Vital statistics of India. Vol. IV, Annual returns from 1871 to 1876. British Army of India, Native Army and jails of Bengal
Year: 1871
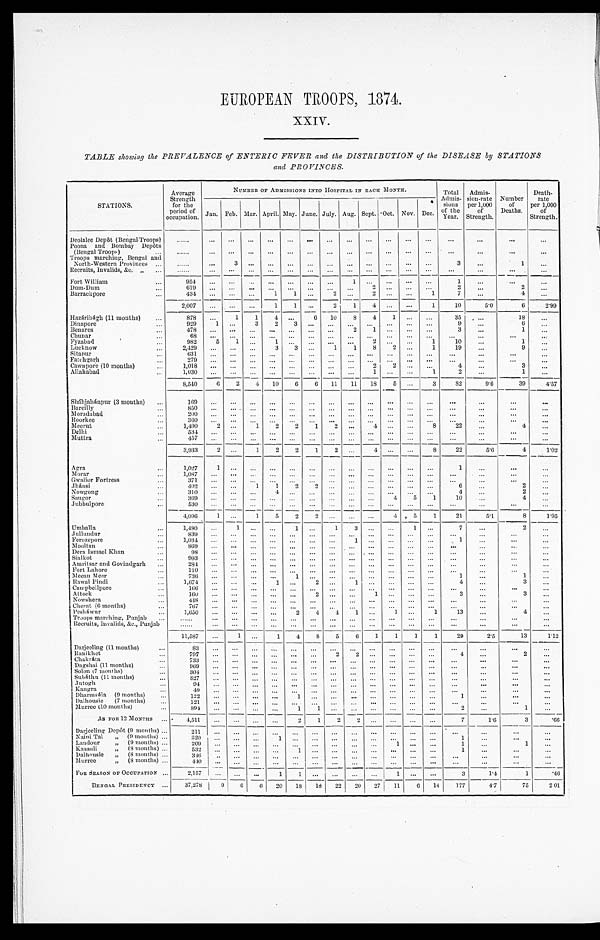
EUROPEAN TROOPS, 1874.
XXIV.
TABLE showing the PREVALENCE of ENTERIC FEVER and the DISTRIBUTION of the DISEASE by STATIONS
and PROVINCES.
STATIONS.
Average
Strength
for the
period of
occupation.
NUMBER OF ADMISSIONS INTO HOSPITAL IN EACH MONTH.
Total
Admis-
sions
of the
Year.
Admis-
sion-rate
per 1,000
of
Strength.
Number
of
Deaths.
Death-
rate
per 1,000
of
Strength.
Jan. Feb. Mar. April. May. June. July. Aug. Sept. Oct. Nov. Dec.
Deolalee Depôt (Bengal Troops)
. . .
. . .
. . .
. . .
. . .
. . .
. . .
. . .
. . .
. . .
. . .
. . .
. . .
. . .
. . .
. . .
. . .
Poona and Bombay Depôts
(Bengal Troop) . . .
. . .
. . .
. . .
. . .
. . .
. . .
. . .
. . .
. . .
. . .
. . .
. . .
. . .
. . .
. . .
. . .
. . .
Troops marching, Bengal and
North-Western Provinces . . .
. . .
. . .
3
. . .
. . .
. . .
. . .
. . .
. . .
. . .
. . .
. . .
. . .
3
. . .
1
. . .
Recruits, Invalids, &c. " . . .
. . .
. . . . . .
. . .
. . .
. . .
. . .
. . .
. . .
. . .
. . .
. . .
. . .
. . .
. . .
. . .
. . .
Fort William . . .
954
. . .
. . .
. . .
. . .
. . .
. . .
. . .
1
. . .
. . .
. . .
. . .
1
. . .
. . .
. . .
Dum-Dum . . .
619
. . .
. . .
. . .
. . . . . .
. . .
. . .
. . .
2
. . .
. . .
. . .
2
. . .
2
. . .
Barrackpore . . .
434
. . .
. . .
. . .
1
1
. . .
2
. . . 2
. . .
. . .
1
7
. . .
4
. . .
2,007
. . .
. . .
. . .
1
1
. . .
2 1
4
. . .
. . .
1
10
5.0
6
2.99
Hazáribágh (11 months) . . .
878
. . . 1
1
4
. . .
6
10
8
4
1
. . .
. . .
35
. . .
18
. . .
Dinapore . . .
929
1
. . . 3
2
3
. . .
. . .
. . .
. . .
. . .
. . .
. . .
9
. . .
6
. . .
Benares . . .
478
. . .
. . .
. . .
. . .
. . .
. . .
. . . 2
1
. . .
. . .
. . .
3
. . .
1
. . .
Chunar . . .
6 8
. . .
. . .
. . .
. . .
. . .
. . .
. . .
. . .
. . .
. . .
. . .
. . .
. . .
. . .
. . .
. . .
Fyzabad . . .
982
5
1
. . .
1
. . .
. . .
. . .
. . .
2
. . .
. . .
1
10
. . .
1
. . .
Lucknow . . .
2,429
. . .
. . . . . .
3
3
. . .
1
1
8
2
. . .
1
19
. . .
9
. . .
Sitapur . . .
6 3 1
. . .
. . .
. . .
. . .
. . . . . .
. . . . . .
. . .
. . .
. . .
. . .
. . .
. . .
. . .
. . .
Fatehgarh . . .
2 7 9
. . .
. . .
. . .
. . .
. . . . . .
. . .
. . .
. . . . . .
. . .
. . .
. . .
. . .
. . .
. . .
Cawnpore (10 months) . . .
1 , 0 1 8
. . .
. . .
. . .
. . .
. . . . . .
. . .
. . .
2
2
. . .
. . .
4
. . .
3
. . .
Allahabad . . .
1 , 0 3 0
. . .
. . .
. . .
. . .
. . . . . .
. . .
. . .
1
. . .
. . .
1
2
. . .
1
. . .
8,540
6
2
4
10
6
6
11
11
18
5
. . .
3
82
9.6
39
4.57
Sháhjahánpur (3 months) . . .
169
. . .
. . .
. . .
. . .
. . .
. . .
. . . . . .
. . .
. . .
. . .
. . .
. . .
. . .
. . .
. . .
Bareilly . . .
8 5 0
. . .
. . .
. . .
. . .
. . .
. . .
. . .
. . .
. . .
. . .
. . .
. . .
. . .
. . .
. . .
. . .
Moradabad . . .
200
. . .
. . .
. . .
. . .
. . .
. . .
. . .
. . .
. . .
. . .
. . .
. . .
. . .
. . .
. . .
. . .
Roorkee . . .
3 6 0
. . .
. . .
. . .
. . .
. . . . . .
. . .
. . .
. . .
. . .
. . .
. . .
. . .
. . .
. . .
. . .
Meerut . . .
1,490
2
. . .
1
2
2 1
2
. . .
4
. . .
. . . 8
22
. . .
4
. . .
Delhi . . .
534
. . .
. . .
. . .
. . . . . .
. . .
. . .
. . .
. . .
. . .
. . .
. . .
. . .
. . .
. . .
. . .
Muttra . . .
457
. . .
. . .
. . .
. . . . . .
. . .
. . .
. . .
. . .
. . .
. . .
. . .
. . .
. . .
. . .
. . .
3,933
2
. . .
1
2
2
1
2
. . .
4
. . .
. . .
8
22
5.6
4
1.02
Agra . . .
1,027
1
. . .
. . .
. . .
. . .
. . .
. . . . . .
. . .
. . .
. . .
. . .
1
. . .
. . .
. . .
Morar . . .
1,087
. . .
. . .
. . . . . .
. . .
. . .
. . .
. . .
. . .
. . .
. . .
. . .
. . .
. . .
. . .
. . .
Gwalior Fortress . . .
3 7 1
. . .
. . .
. . .
. . .
. . .
. . .
. . .
. . .
. . . . . .
. . . . . .
. . .
. . .
. . .
. . .
Jhánsi . . .
402
. . .
. . .
1
1
2
2
. . .
. . .
. . . . . .
. . . . . .
6
. . .
2
. . .
Nowgong . . .
310
. . .
. . .
. . .
4
. . . . . .
. . .
. . .
. . . . . .
. . . . . .
4
. . .
2
. . .
Saugor . . .
369
. . .
. . .
. . .
. . . . . .
. . .
. . .
. . .
. . .
4
5
1
10
. . .
4
. . .
Jubbulpore . . .
5 3 0
. . .
. . .
. . .
. . . . . .
. . .
. . .
. . .
. . .
. . .
. . .
. . .
. . .
. . .
. . .
. . .
4,096
1
. . .
1
5
2
2
. . .
. . .
. . .
4
5
1
21
5.1
8
1.95
Umballa . . .
1,480
. . .
1
. . .
. . . 1
. . .
1
3
. . .
. . .
1
. . .
7
. . .
2
. . .
Jullundur . . .
839
. . . . . .
. . .
. . . . . .
. . .
. . .
. . .
. . .
. . .
. . .
. . .
. . .
. . .
. . .
. . .
Ferozepore . . .
1 , 0 3 4
. . .
. . .
. . .
. . . . . .
. . .
. . .
1
. . . . . .
. . . . . .
1
. . .
. . .
. . .
Mooltan . . .
869
. . .
. . .
. . .
. . . . . .
. . .
. . .
. . .
. . .
. . .
. . .
. . .
. . .
. . .
. . .
. . .
Dera Ismael Khan . . .
98
. . .
. . .
. . . . . .
. . .
. . .
. . .
. . .
. . .
. . .
. . .
. . .
. . .
. . .
. . .
. . .
Sialkot . . .
9 9 3
. . .
. . .
. . .
. . .
. . .
. . .
. . .
. . .
. . . . . .
. . . . . .
. . .
. . .
. . .
. . .
Amritsar and Govindgarh . . .
284
. . .
. . .
. . .
. . .
. . .
. . .
. . .
. . .
. . .
. . .
. . .
. . .
. . .
. . .
. . .
. . .
Fort Lahore . . .
110
. . .
. . .
. . .
. . .
. . .
. . .
. . .
. . .
. . .
. . .
. . . . . .
. . .
. . .
. . .
. . .
Meean Meer . . .
736
. . .
. . .
. . .
. . .
1
. . .
. . .
. . .
. . .
. . .
. . . . . .
1
. . .
1
. . .
Rawal Pindi . . .
1,674
. . .
. . .
. . .
1
. . .
2
. . . 1
. . .
. . .
. . . . . .
4
. . .
3
. . .
Campbellpore . . .
1 6 6
. . .
. . .
. . .
. . .
. . .
. . .
. . .
. . .
. . .
. . .
. . . . . .
. . .
. . .
. . .
. . .
Attock . . .
160
. . .
. . .
. . .
. . .
. . .
2
. . .
. . . 1
. . .
. . . . . .
3
. . .
3
. . .
Nowshera . . .
448
. . .
. . .
. . .
. . .
. . .
. . .
. . .
. . .
. . .
. . .
. . .
. . .
. . .
. . .
. . .
. . .
Cherat (6 months) . . .
7 6 7
. . .
. . .
. . .
. . .
. . .
. . .
. . .
. . . . . .
. . .
. . .
. . .
. . .
. . .
. . .
. . .
Pesháwur . . .
1,650
. . .
. . .
. . .
. . .
2
4
4
1
. . .
1
. . .
1
13
. . .
4
. . .
Troops marching, Punjab . . .
. . .
. . .
. . .
. . .
. . .
. . .
. . .
. . .
. . .
. . .
. . .
. . . . . .
. . .
. . .
. . .
. . .
Recruits, Invalids, &c., Punjab . . .
. . .
. . .
. . .
. . .
. . .
. . .
. . .
. . .
. . . . . .
. . .
. . .
. . .
. . .
. . .
. . .
. . .
11,587
. . .
1
. . .
1
4
8
5
6
1
1
1
1
29
2.5
13
1.12
Darjeeling (11 months) . . .
8 3 . . .
. . .
. . .
. . .
. . .
. . .
. . .
. . .
. . .
. . .
. . .
. . .
. . .
. . .
. . .
. . .
Ranikhet . . .
797
. . .
. . .
. . .
. . .
. . .
. . .
2
2
. . .
. . .
. . . . . .
4
. . .
2
. . .
Chakráta . . .
733
. . .
. . .
. . .
. . .
. . .
. . .
. . .
. . .
. . .
. . .
. . .
. . .
. . .
. . .
. . .
. . .
Dagshai (11 months) . . .
969
. . .
. . .
. . .
. . .
. . .
. . .
. . .
. . .
. . .
. . .
. . .
. . .
. . .
. . .
. . .
. . .
Solon (7 months) . . .
3 0 4
. . .
. . .
. . .
. . .
. . .
. . .
. . .
. . .
. . .
. . .
. . .
. . .
. . . . . .
. . .
. . .
Subáthu (11 months) . . .
827
. . .
. . .
. . .
. . .
. . . . . .
. . .
. . . . . .
. . .
. . .
. . .
. . .
. . .
. . .
. . .
Jutogh . . .
94
. . .
. . .
. . .
. . .
. . .
. . .
. . . . . .
. . .
. . .
. . .
. . .
. . .
. . .
. . .
. . .
Kangra . . .
4 9
. . .
. . .
. . .
. . . . . .
. . .
. . . . . .
. . .
. . .
. . .
. . .
. . .
. . .
. . .
. . .
D h a r m s á l a ( 9 m o n t h s ) . . .
1 2 2
. . .
. . . . . .
. . .
1
. . .
. . .
. . . . . .
. . .
. . .
. . .
1 . . .
. . .
. . .
Dalhousie (7 months) . . .
121
. . .
. . .
. . .
. . .
. . .
. . .
. . . . . .
. . .
. . .
. . .
. . .
. . .
. . .
. . .
. . .
Murree (10 months) . . .
894
. . .
. . .
. . .
. . .
1
1
. . .
. . . . . .
. . .
. . .
. . .
2 . . .
1 . . .
AS FOR 12 MONTHS . . .
4,511
. . .
. . .
. . .
. . . 2
1
2
. . .
. . .
. . .
. . .
. . .
7
1.6
3
.66
Darjeeling Depôt (9 months) . . .
211
. . .
. . .
. . .
. . .
. . .
. . .
. . .
. . .
. . .
. . .
. . .
. . .
. . .
. . .
. . .
. . .
Naini Tal " (9 months) . . .
3 2 0
. . .
. . .
. . .
1
. . .
. . .
. . .
. . .
. . .
. . .
. . .
. . .
1
. . .
. . .
. . .
Landour " (9 month) . . .
2 0 9
. . .
. . .
. . .
. . .
. . .
. . .
. . .
. . .
. . .
1
. . . . . .
1
. . .
1 . . .
Kasauli " (8 months) . . .
532
. . .
. . . . . .
. . .
1
. . . . . .
. . .
. . .
. . .
. . .
. . .
1
. . .
. . .
. . .
Dalhousie " (8 months) . . .
346
. . .
. . .
. . .
. . .
. . .
. . .
. . .
. . .
. . . . . .
. . . . . .
. . .
. . .
. . . . . .
Murree " (8 months) . . .
440 . . .
. . .
. . .
. . .
. . .
. . .
. . .
. . .
. . .
. . .
. . .
. . .
. . .
. . .
. . .
. . .
FOR SEASON OF OCCUPATION . . .
2,157
. . .
. . .
. . .
1
1
. . .
. . . . . .
. . . 1
. . . . . .
3
1.4
1
.46
BENGAL PRESIDENCY . . .
37,278
9
6
6
20
18
1 8
22
20
27
11
6
14
177
4.7
75
201